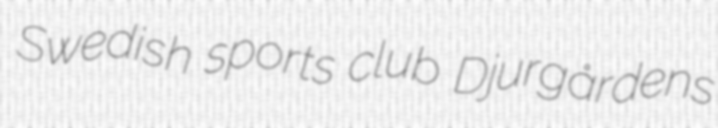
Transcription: Swedish sports club Djurgårdens